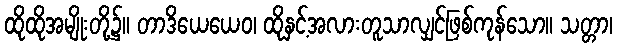
ထိုထိုအမျိုးတို့၌။ တာဒိယေယေဝ၊ ထိုနှင့်အလားတူသာလျှင်ဖြစ်ကုန်သော။ သတ္တာ၊